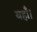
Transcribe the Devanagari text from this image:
यहाँ।